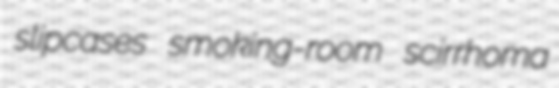
slipcases smoking-room scirrhoma